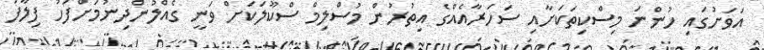
އަވަށުގައި ހުންނަ މިސްކިތަކަށާއި ސަހަރާއެއްގެ އިތުރުން މުސްލިމް ސްކޫލަކަށް ވަނީ ގެއްލުންދިނުމަށްފަހު ފިލާފަ